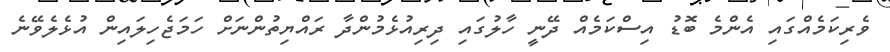
ވެރިކަމެއްގައި އެންމެ ބޮޑު އިސްކަމެއް ދޭނީ ހާލުގައި ދިރިއުޅެމުންދާ ރައްޔިތުންނަށް ހަމަޖެހިލައިން އުޅެލެވޭނެ